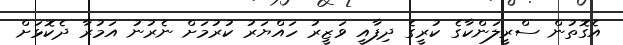
އެގޮތުން ސްރީލަންކާގެ ކުރީގެ ދިފާއީ ވަޒީރު ހައްޔަރު ކުރުމަށް ނެރުނު އަމުރާ ދެކޮޅަށް